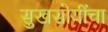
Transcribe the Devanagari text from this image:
सुखसोयींचा